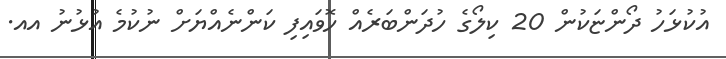
އުކުޅަހު ދޯންޏަކުން 20 ކިލޯގެ ހުދަންބަރެއް ހޮވައިފި ކަންނެއްޔަށް ނުކުމެ އުޅުނު އއ.